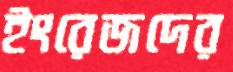
ইংরেজদের